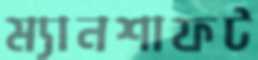
ম্যানশাফট